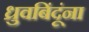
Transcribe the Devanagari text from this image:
ध्रुवबिंदूंना